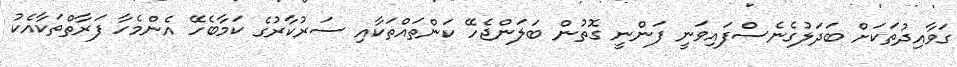
ގަވާއިދުތަކަށް ބަދަލުގެނެސްފައިވަނީ ފަންނީ ގޮތުން ބަލަންޖެހޭ ކަންތައްތަކާއި ސަރުކާރުގެ ކަމާބެހޭ އެންމެހާ ފަރާތްތަކާއެކު